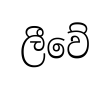
ලීවේ